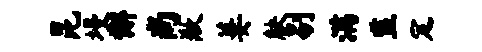
昆墁懈尚歉萋觖剔满监定